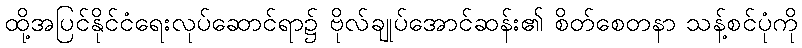
ထို့အပြင်နိုင်ငံရေးလုပ်ဆောင်ရာ၌ ဗိုလ်ချုပ်အောင်ဆန်း၏ စိတ်စေတနာ သန့်စင်ပုံကို